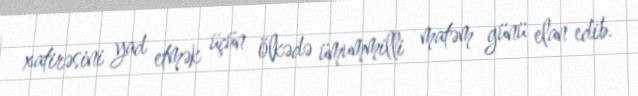
xatirəsini yad etmək üçün ölkədə ümummilli matəm günü elan edib.